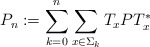
\begin{align*}P_n:=\sum_{k=0}^n\sum_{x\in \Sigma_k} T_xPT_x^*\end{align*}